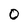
Character: 0